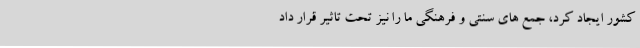
کشور ایجاد کرد، جمع های سنتی و فرهنگی ما را نیز تحت تاثیر قرار داد